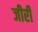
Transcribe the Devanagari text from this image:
जीरी